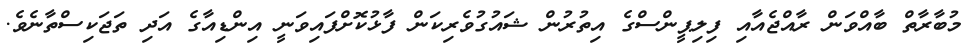
މުބާރާތް ބާއްވަން ރާއްޖެއާއި ފިލިޕީންސްގެ އިތުރުން ޝައުގުވެރިކަން ފާޅުކޮށްފައިވަނީ އިންޑިއާގެ އަދި ތަޖަކިސްތާނެވެ.